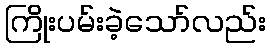
ကြိုးပမ်းခဲ့သော်လည်း